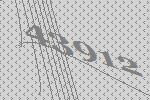
43912